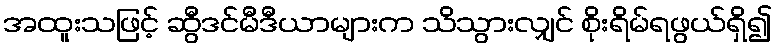
အထူးသဖြင့် ဆွီဒင်မီဒီယာများက သိသွားလျှင် စိုးရိမ်ရဖွယ်ရှိ၍